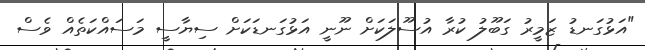
"އަޅުގަނޑު ޒަމީރު ގަބޫލު ކުރާ އުސޫލަކަށް ނޫނީ އަޅުގަނޑަކަށް ސިޔާސީ މަސައްކަތެއް ވެސް